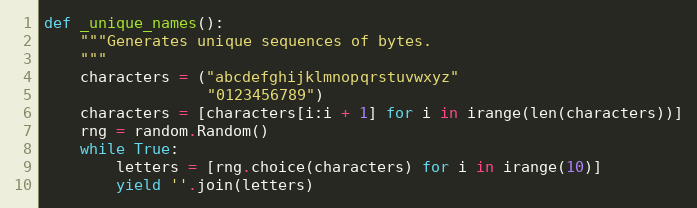
Language: Python
def _unique_names():
    """Generates unique sequences of bytes.
    """
    characters = ("abcdefghijklmnopqrstuvwxyz"
                  "0123456789")
    characters = [characters[i:i + 1] for i in irange(len(characters))]
    rng = random.Random()
    while True:
        letters = [rng.choice(characters) for i in irange(10)]
        yield ''.join(letters)